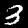
Label: 3